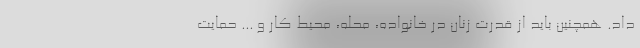
داد. همچنین باید از قدرت زنان در خانواده، محله، محیط کار و ... حمایت